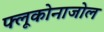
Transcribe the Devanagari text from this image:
फ्लूकोनाजोल